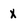
Character: X